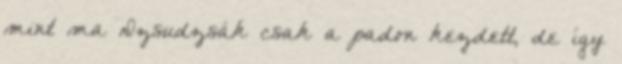
mint ma Dzsudzsák csak a padon kezdett, de így